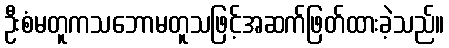
ဦးစံမတူကသဘောမတူသဖြင့်အဆက်ဖြတ်ထားခဲ့သည်။